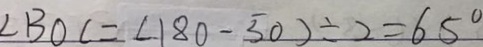
\angle B O C = ( 1 8 0 - 5 0 ) \div 2 = 6 5 ^ { \circ }